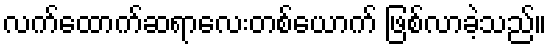
လက်ထောက်ဆရာလေးတစ်ယောက် ဖြစ်လာခဲ့သည်။